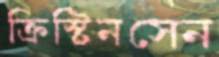
ক্রিস্টিনসেন